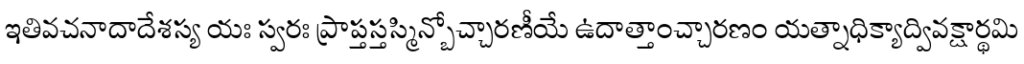
ఇతివచనాదాదేశస్య యః స్వరః ప్రాప్తస్తస్మిన్బోచ్చారణీయే ఉదాత్తాంచ్చారణం యత్నాధిక్యాద్వివక్షార్థమి